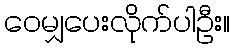
ဝေမျှပေးလိုက်ပါဦး။